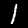
Digit: 1